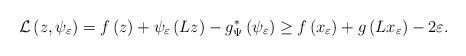
LaTeX: \begin{align*}\mathcal{L}\left(z,\psi_\varepsilon\right)=f\left(z\right)+\psi_\varepsilon\left(Lz\right)-g^{*}_\Psi\left(\psi_\varepsilon\right)\geq f\left(x_\varepsilon\right)+g\left(Lx_\varepsilon\right)-2\varepsilon.\end{align*}